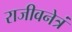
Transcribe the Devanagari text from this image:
राजीवनेत्रं